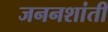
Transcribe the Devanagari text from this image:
जननशांती